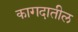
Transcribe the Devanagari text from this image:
कागदातील